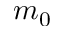
m _ { 0 }